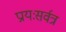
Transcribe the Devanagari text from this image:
प्रायःसर्वत्र